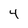
Character: 4